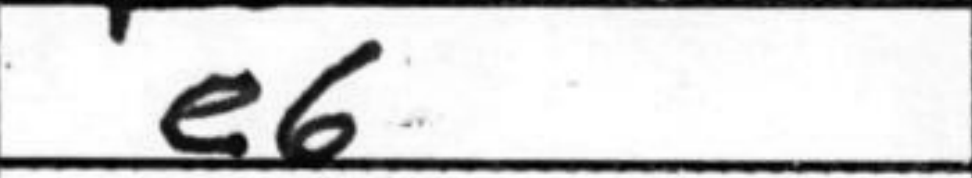
Transcription: e6